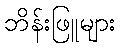
ဘိန်းဖြူများ